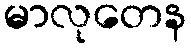
မာလုတေန